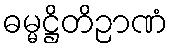
ဓမ္မဋ္ဌိတိဉာဏံ